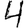
Digit: 4